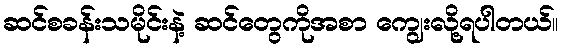
ဆင်စခန်းသမိုင်းနဲ့ ဆင်တွေကိုအစာ ကျွေးလို့ရပါတယ်။